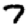
Digit: 7